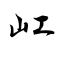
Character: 屸